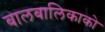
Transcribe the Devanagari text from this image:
बालबालिकाको